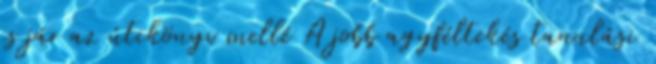
is jár az útikönyv mellé A jobb agyféltekés tanulási